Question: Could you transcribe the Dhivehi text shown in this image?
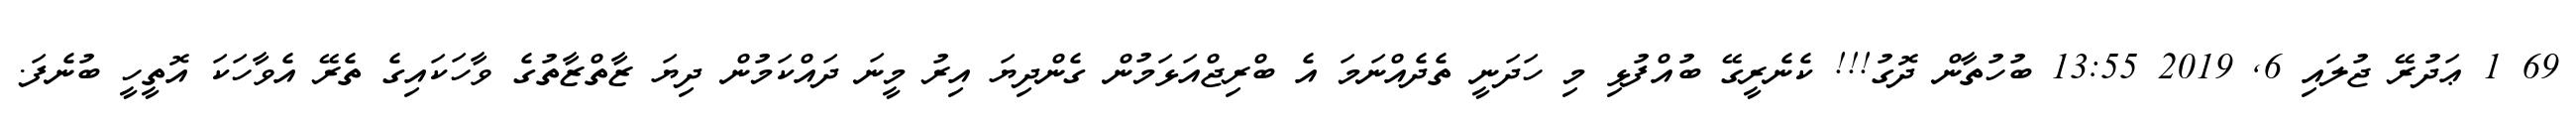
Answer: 69 1 ޢަދުރޭ ޖުލައި 6, 2019 13:55 ބުހުތާން ދޮގު!!! ކެނެރީގޭ ބުއްފުޅި މި ހަދަނީ ތެދެއްނަމަ އެ ބްރިޖްއަޅަމުން ގެންދިޔަ އިރު މީނަ ދައްކަމުން ދިޔަ ޒާތްޒާތުގެ ވާހަކައިގެ ތެރޭ އެވާހަކަ އޮތީހީ ބުނެފަ.